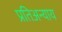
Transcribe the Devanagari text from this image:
प्रतिअन्याय